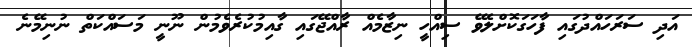
އަދި ސަރަހައްދުގައި ފާހަގަކޮށްލެވޭ ސިއްހީ ނިޒާމެއް ރާއްޖޭގައި ގާއިމުކުރެވެމުން ނޫނީ މަސައްކަތް ނުނިމޭނެ